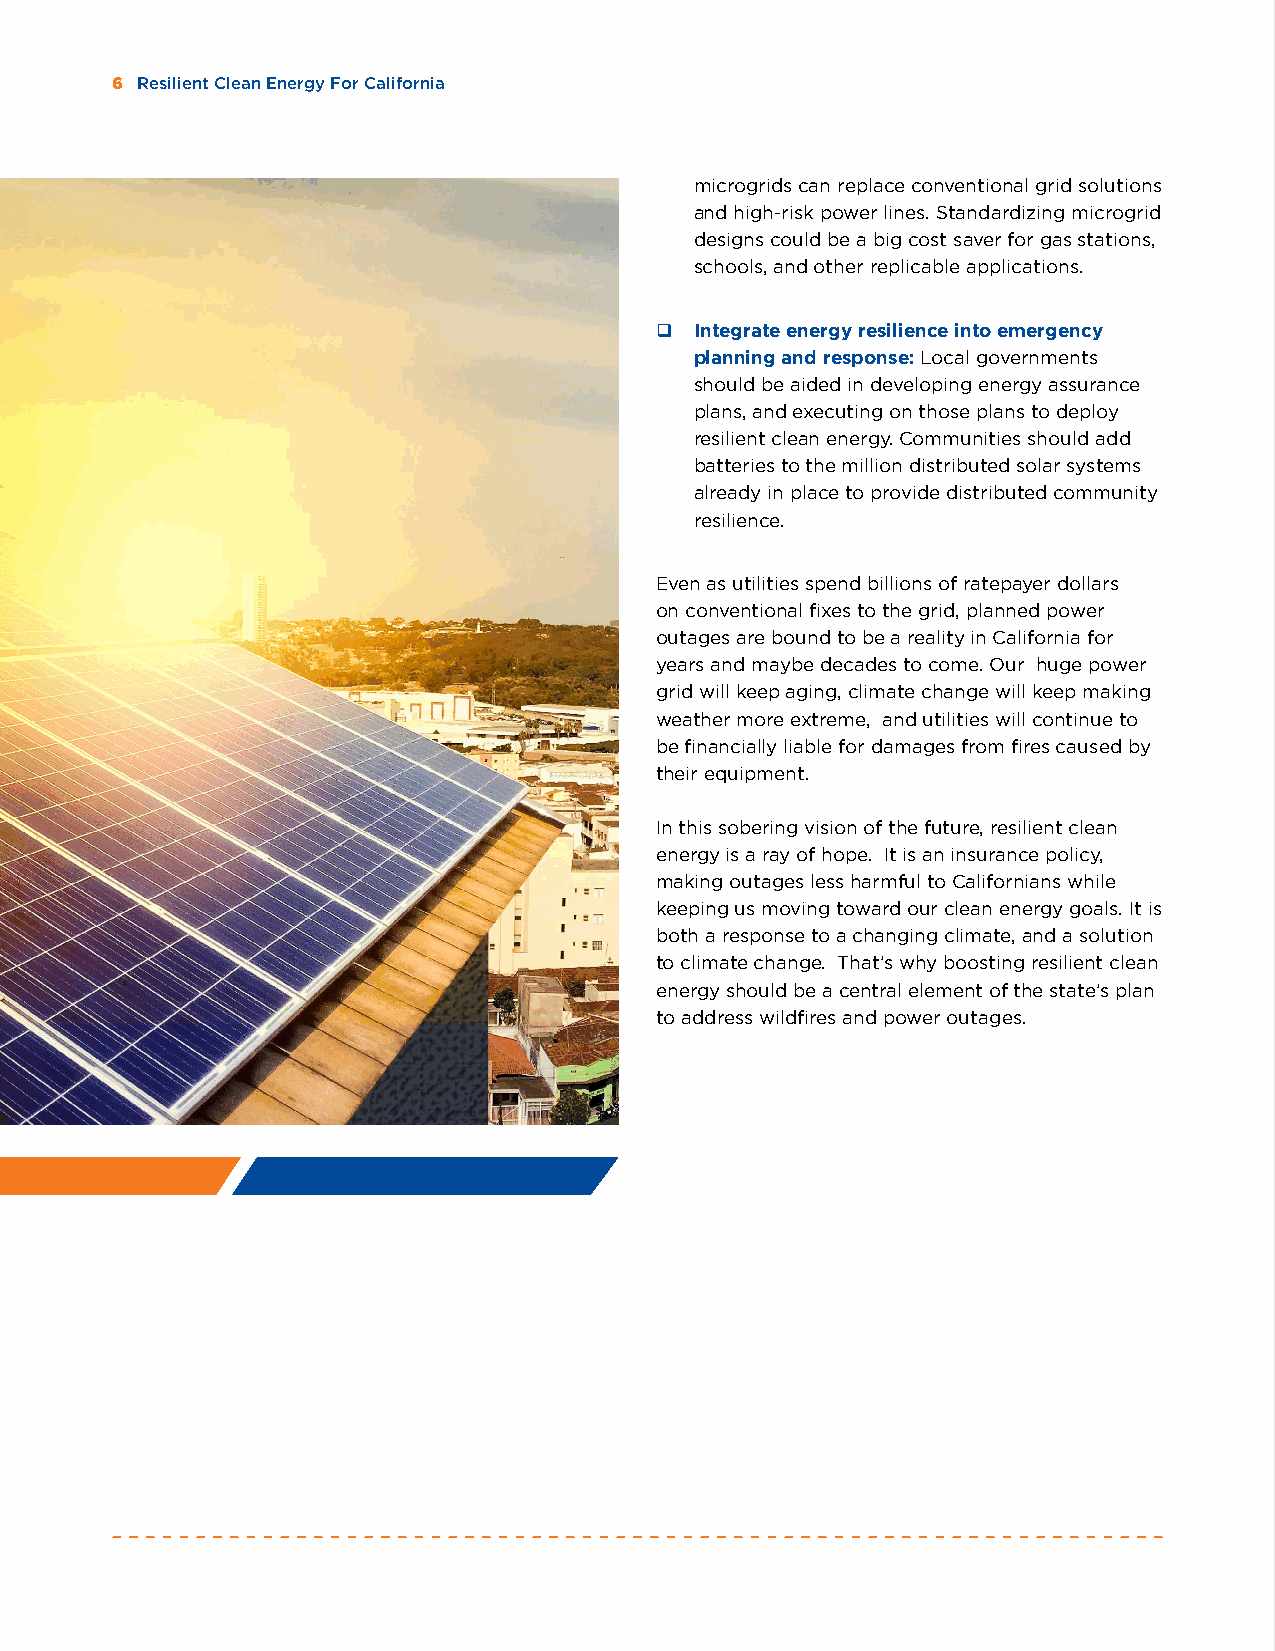
6 Resilient Clean Energy For California
 microgrids can replace conventional grid solutions
 and high-risk power lines. Standardizing microgrid
 designs could be a big cost saver for gas stations,
 schools, and other replicable applications.
 q  Integrate energy resilience into emergency
 planning and response: Local governments
 should be aided in developing energy assurance
 plans, and executing on those plans to deploy
 resilient clean energy. Communities should add
 batteries to the million distributed solar systems
 already in place to provide distributed community
 resilience.
 Even as utilities spend billions of ratepayer dollars
 on conventional fixes to the grid, planned power
 outages are bound to be a reality in California for
 years and maybe decades to come. Our huge power
 grid will keep aging, climate change will keep making
 weather more extreme, and utilities will continue to
 be financially liable for damages from fires caused by
 their equipment.
 In this sobering vision of the future, resilient clean
 energy is a ray of hope. It is an insurance policy,
 making outages less harmful to Californians while
 keeping us moving toward our clean energy goals. It is
 both a response to a changing climate, and a solution
 to climate change. That’s why boosting resilient clean
 energy should be a central element of the state’s plan
 to address wildfires and power outages.